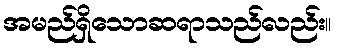
အမည်ရှိသောဆရာသည်လည်း။